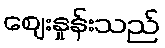
ဈေးနှုန်းသည်